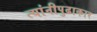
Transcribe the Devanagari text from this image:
त्यांनीपुढाकार